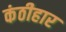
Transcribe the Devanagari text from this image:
कंठीहार